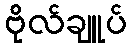
ဗိုလ်ချူပ်